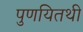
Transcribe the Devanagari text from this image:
पुणयितथी